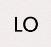
LO